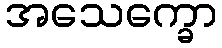
အသေက္ခော